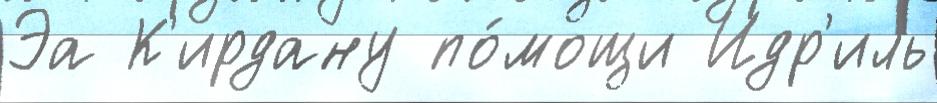
Эа К'ирдану по́мощи Идр'иль